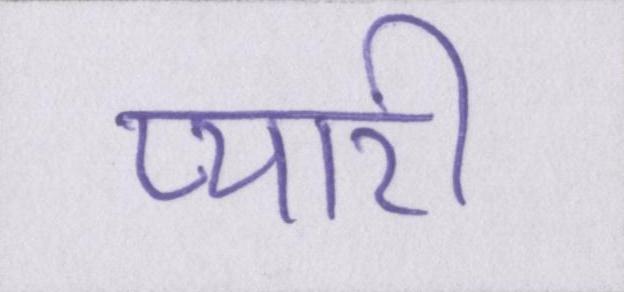
प्यारी